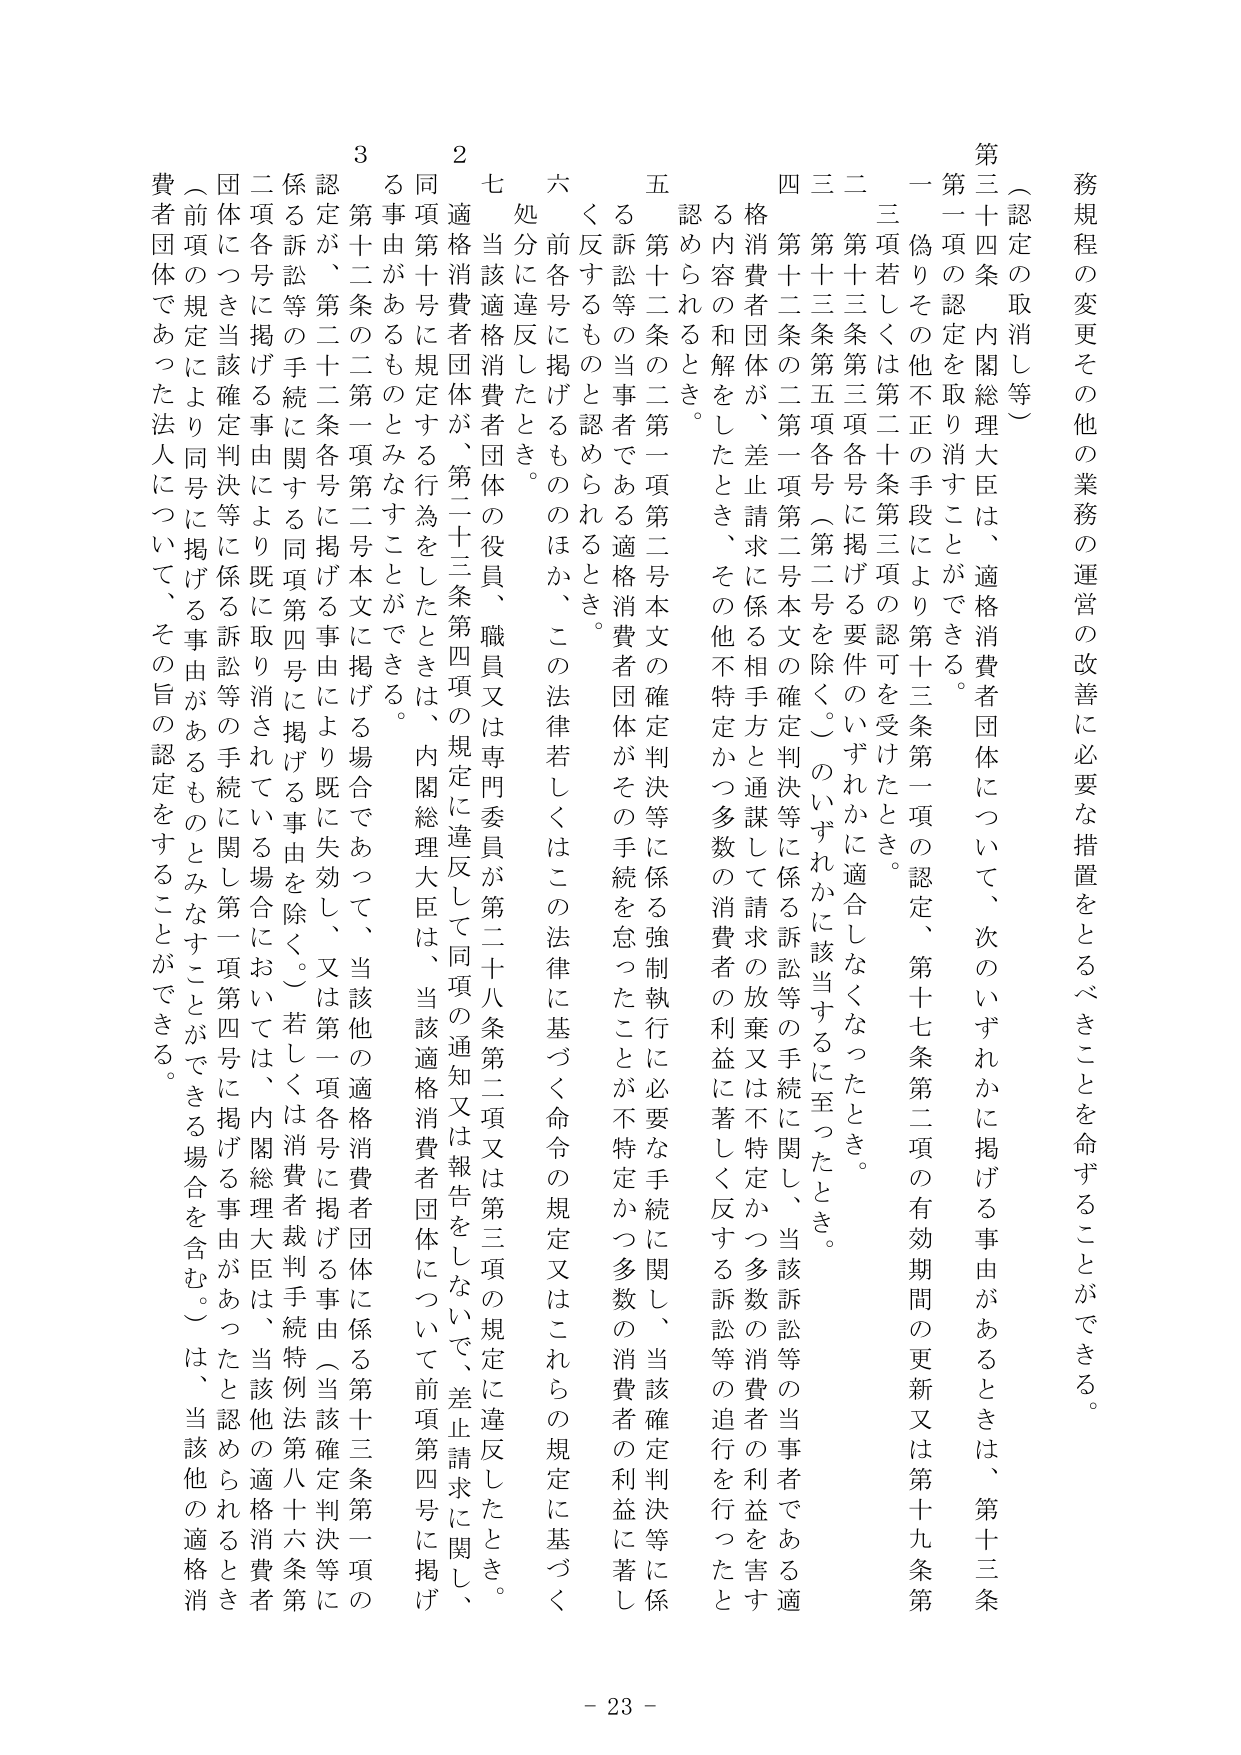
務規程の変更その他業務の運営の改善に必要な措置をとるべきことを命ずることができる。

（認定の取消し等）

第三十四条 内閣総理大臣は、適格消費者団体について、次のいずれかに掲げる事由があるときは、第十三条第一項の認定を取り消すことができる。

一 偽りその他不正の手段により第十三条第一項の認定、第十七条第二項の有効期間の更新又は第十九条第三項若しくは第二十条第三項の認可を受けたとき。

二 第十三条第三項各号に掲げる要件のいずれかに適合しなくなったとき。

三 第十三条第五項各号（第二号を除く。）のいずれかに該当するに至ったとき。

四 第十二条の二第一項第二号本文の確定判決等に係る訴訟等の手続に関し、当該訴訟等の当事者である適格消費者団体が、差止請求に係る相手方と通謀して請求の放棄又は不特定かつ多数の消費者の利益を害する内容の和解をしたとき、その他不特定かつ多数の消費者の利益に著しく反する訴訟等の追行を行ったと認められるとき。

五 第十二条の二第一項第二号本文の確定判決等に係る強制執行に必要な手続に関し、当該確定判決等に係る訴訟等の当事者である適格消費者団体がその手続を怠ったことが不特定かつ多数の消費者の利益に著しく反するものと認められるとき。

六 前各号に掲げるもののほか、この法律若しくはこの法律に基づく命令の規定又はこれらの規定に基づく処分に違反したとき。

七 当該適格消費者団体の役員、職員又は専門委員が第二十八条第二項又は第三項の規定に違反したとき。

二 適格消費者団体が、第二十三条第四項の規定に違反して同項の通知又は報告をしないで、差止請求に関し、同項第十号に規定する行為をしたときは、内閣総理大臣は、当該適格消費者団体について前項第四号に掲げる事由があるものとみなすことができる。

三 第十二条の二第一項第二号本文に掲げる場合であって、当該他の適格消費者団体に係る第十三条第一項の認定が、第二十二条各号に掲げる事由により既に失効し、又は第一項各号に掲げる事由（当該確定判決等に係る訴訟等の手続に関する同項第四号に掲げる事由を除く。）若しくは消費者裁判手続特例法第八十六条第二項各号に掲げる事由により既に取り消されている場合においては、内閣総理大臣は、当該他の適格消費者団体につき当該確定判決等に係る訴訟等の手続に関し第一項第四号に掲げる事由があったと認められるとき（前項の規定により同号に掲げる事由があるものとみなすことができる場合を含む。）は、当該他の適格消費者団体であった法人について、その旨の認定をすることができる。

- 23 -